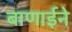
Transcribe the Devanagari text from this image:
बाणाईने